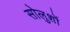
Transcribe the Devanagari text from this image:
सोलुशों